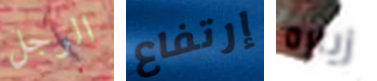
الرجل إرتفاع زياره